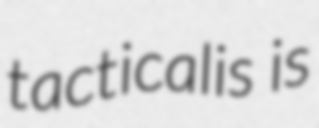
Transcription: tacticalis is